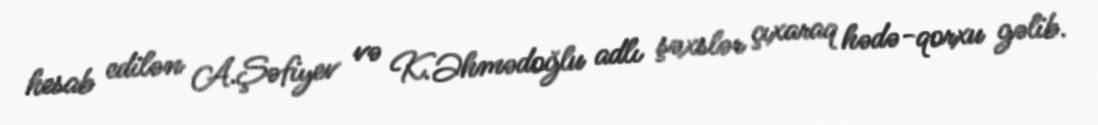
hesab edilən A.Şəfiyev və K.Əhmədoğlu adlı şəxslər çıxaraq hədə-qorxu gəlib.